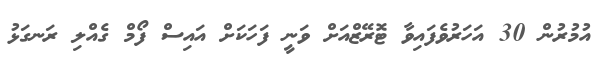
އުމުރުން 30 އަހަރުވެފައިވާ ޓޮރޭޒްއަށް ވަނީ ފަހަކަށް އައިސް ފޯމް ގެއްލި ރަނގަޅު